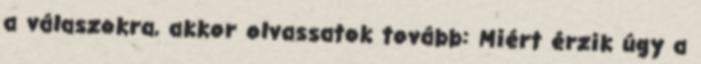
a válaszokra, akkor olvassatok tovább: Miért érzik úgy a